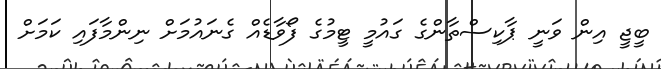
ބީޖީ އިން ވަނީ ޕާކިސްތާންގެ ގައުމީ ޓީމުގެ ފޯވާޑެއް ގެނައުމަށް ނިންމާފައި ކަމަށް